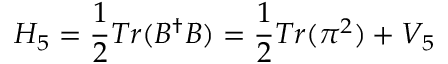
H _ { 5 } = \frac { 1 } { 2 } T r ( B ^ { \dagger } B ) = \frac { 1 } { 2 } T r ( \pi ^ { 2 } ) + V _ { 5 }